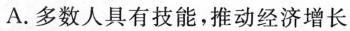
A. 多数人具有技能，推动经济增长